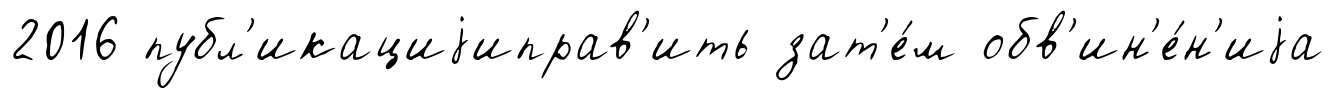
2016 публ'икациjиправ'ить зат'е́м обв'ин'е́н'иjа